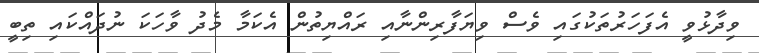
ވިދާޅުވީ އެފަހަރުތަކުގައި ވެސް ވިޔަފާރިންނާއި ރައްޔިތުން އެކަމާ މެދު ވާހަކަ ނުދައްކައި ތިބީ